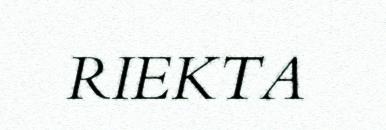
RIEKTA